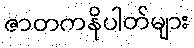
ဇာတကနိပါတ်များ